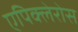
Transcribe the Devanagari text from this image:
एपिक्लेरोस